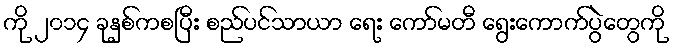
ကို ၂၀၁၄ ခုနှစ်ကစပြီး စည်ပင်သာယာ ရေး ကော်မတီ ရွေးကောက်ပွဲတွေကို